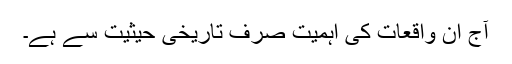
آج ان واقعات کی اہمیت صرف تاریخی حیثیت سے ہے۔